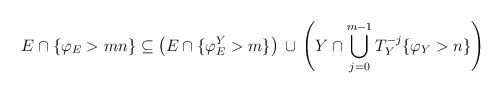
\begin{align*}E\cap\{\varphi_{E}>mn\}\subseteq\left( E\cap\{\varphi_{E}^{Y}>m\}\right)\,\cup\,\left( Y\cap\bigcup_{j=0}^{m-1}T_{Y}^{-j}\{\varphi_{Y}>n\}\right)\end{align*}